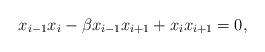
LaTeX: \begin{align*} x_{i-1} x_i - \beta x_{i-1} x_{i+1} + x_i x_{i+1} = 0, \end{align*}